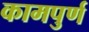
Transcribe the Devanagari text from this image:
कामपुर्ण